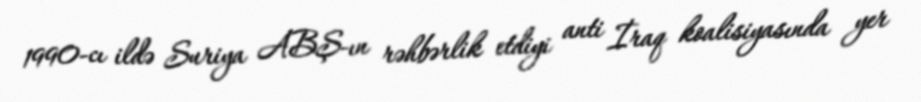
1990-cı ildə Suriya ABŞ-ın rəhbərlik etdiyi anti İraq koalisiyasında yer